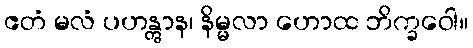
ဧတံ မလံ ပဟန္တွာန၊ နိမ္မလာ ဟောထ ဘိက္ခဝေါ။